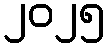
၂၀၂၅